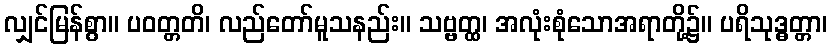
လျှင်မြန်စွာ။ ပဝတ္တတိ၊ လည်တော်မူသနည်း။ သဗ္ဗတ္ထ၊ အလုံးစုံသောအရာတို့၌။ ပရိသုဒ္ဓတ္တာ၊